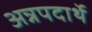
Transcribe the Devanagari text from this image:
अन्नपदार्थे